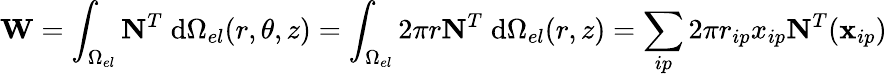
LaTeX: \mathbf{W}=\int_{\Omega_{el}}\mathbf{N}^{T}\; \mathrm{d}\Omega_{el}(r,\theta,z)=\int_{\Omega_{el}}2\pi r\mathbf{N}^{T}\; \mathrm{d}\Omega_{el}(r,z)=\sum_{ip}2\pi r_{ip}x_{ip}\mathbf{N}^{T}(\mathbf{x}_{ip})